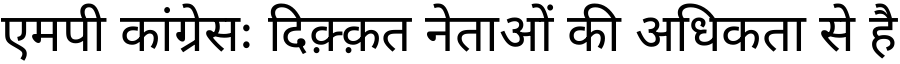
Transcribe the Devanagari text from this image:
एमपी कांग्रेसः दिक़्क़त नेताओं की अधिकता से है